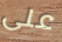
على